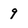
Character: 9